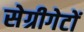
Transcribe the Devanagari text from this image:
सेग्रीगेटों